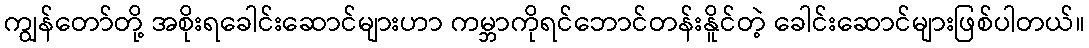
ကျွန်တော်တို့ အစိုးရခေါင်းဆောင်များဟာ ကမ္ဘာကိုရင်ဘောင်တန်းနိူင်တဲ့ ခေါင်းဆောင်များဖြစ်ပါတယ်။